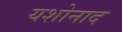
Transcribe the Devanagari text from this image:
यशोनाद